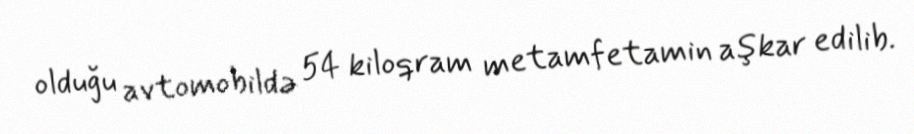
olduğu avtomobildə 54 kiloqram metamfetamin aşkar edilib.